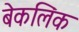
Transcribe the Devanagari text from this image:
बेकलिंक